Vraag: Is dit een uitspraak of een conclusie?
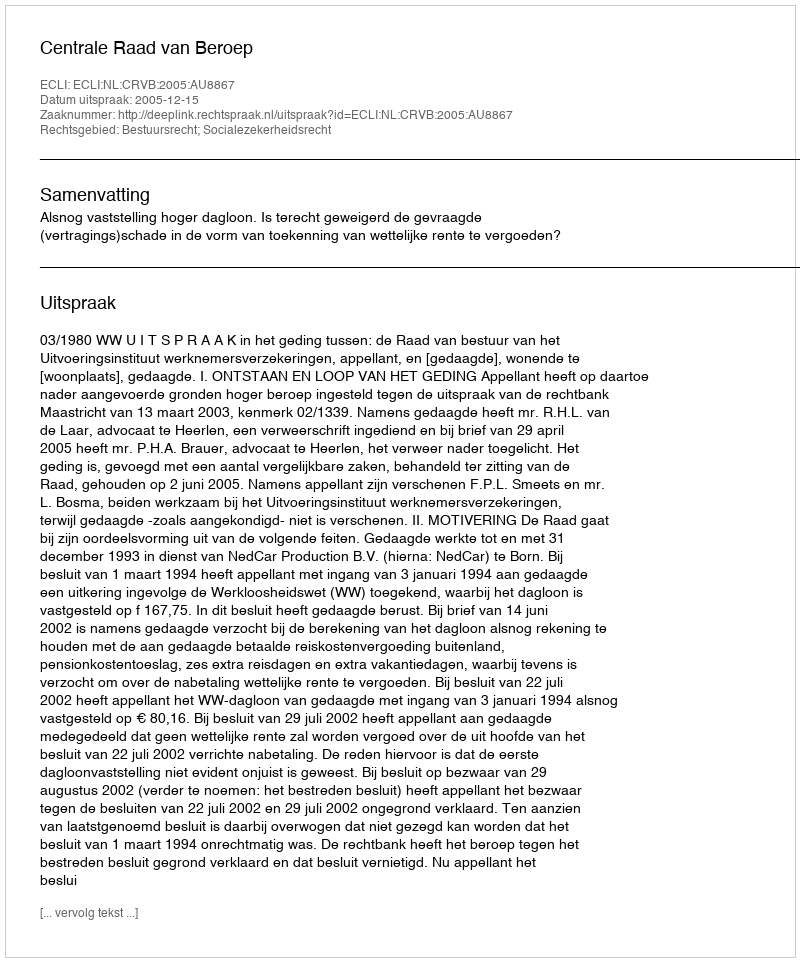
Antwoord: Uitspraak